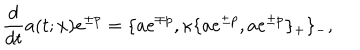
LaTeX: \frac { d } { d t } a ( t ; x ) e ^ { \pm p } = \{ a e ^ { \mp p } , \kappa \{ a e ^ { \pm p } , a e ^ { \pm p } \} _ { + } \} _ { - } ,